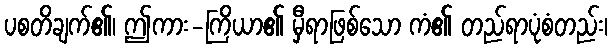
ပစတိချက်၏၊ ဤကား-ကြိယာ၏ မှီရာဖြစ်သော ကံ၏ တည်ရာပုံစံတည်း၊